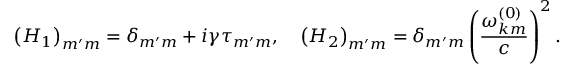
\left( \boldsymbol { H } _ { 1 } \right) _ { m ^ { \prime } m } = \delta _ { m ^ { \prime } m } + i \gamma \tau _ { m ^ { \prime } m } , \quad \left( \boldsymbol { H } _ { 2 } \right) _ { m ^ { \prime } m } = \delta _ { m ^ { \prime } m } \left( \frac { \omega _ { \boldsymbol { k } m } ^ { ( 0 ) } } { c } \right) ^ { 2 } .